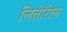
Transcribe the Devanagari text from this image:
लितोरोल